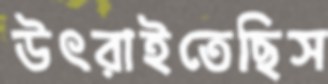
উৎরাইতেছিস